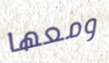
ومعها